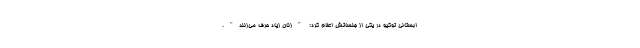
ابستانی توکیو در یکی از جلساتش اعلام کرد: "زنان زیاد حرف می‌زنند".